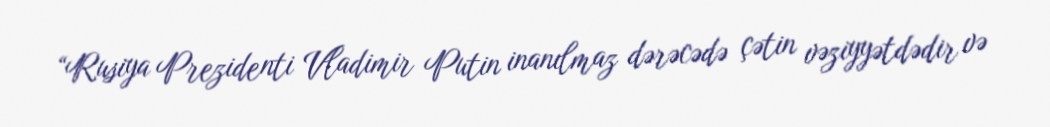
“Rusiya Prezidenti Vladimir Putin inanılmaz dərəcədə çətin vəziyyətdədir və